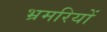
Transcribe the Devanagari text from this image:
भ्रमरियों